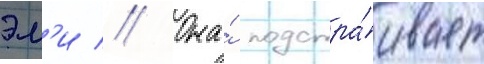
эм'и // Она́ подстра́ивает